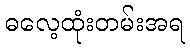
ဓလေ့ထုံးတမ်းအရ